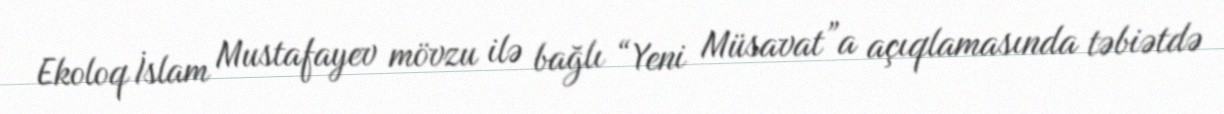
Ekoloq İslam Mustafayev mövzu ilə bağlı “Yeni Müsavat”a açıqlamasında təbiətdə